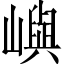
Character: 嶼